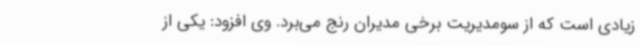
زیادی است که از سومدیریت برخی مدیران رنج می‌برد. وی افزود: یکی از